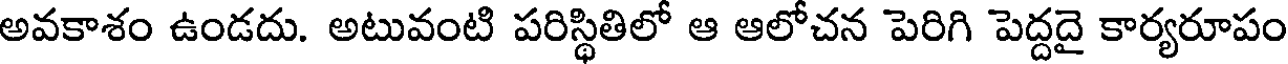
అవకాశం ఉండదు. అటువంటి పరిస్థితిలో ఆ ఆలోచన పెరిగి పెద్దదై కార్యరూపం